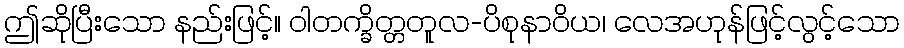
ဤဆိုပြီးသော နည်းဖြင့်။ ဝါတက္ခိတ္တတူလ-ပိစုနာဝိယ၊ လေအဟုန်ဖြင့်လွင့်သော